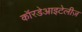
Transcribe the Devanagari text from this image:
कॉरडेआइटेलीज़